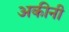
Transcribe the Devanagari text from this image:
अकीनी